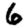
Digit: 6